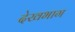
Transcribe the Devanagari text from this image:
देखभाग